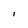
Character: l